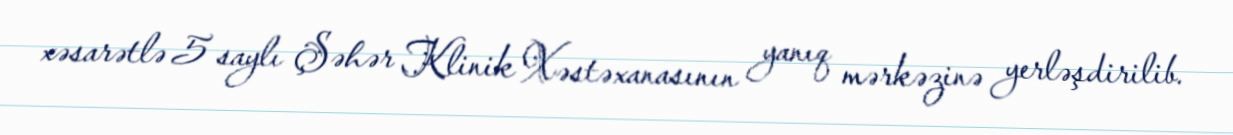
xəsarətlə 5 saylı Şəhər Klinik Xəstəxanasının yanıq mərkəzinə yerləşdirilib.